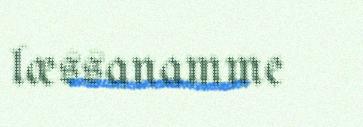
læssanamme